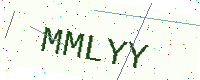
Text: MMLYY